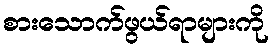
စားသောက်ဖွယ်ရာများကို